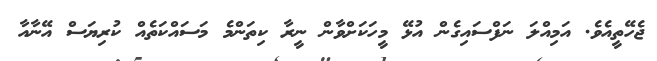
ޖެހޭތީއެވެ. އަމިއްލަ ނަފްސައިގެން އުޅޭ މީހަކަށްވާން ނީރާ ކިތަންމެ މަސައްކަތެއް ކުރިޔަސް އޭނާއާ